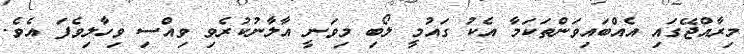
މިރާއްޖޭގައި އެއްބައިވަންތަކަމާ އެކު ގައުމީ ލޯބި މިވަނީ އާލާނުކުރެވި ވިއްސި ވިހާލިވެފަ އެވެ.